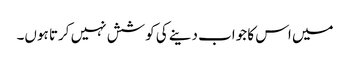
میں اس کا جواب دینے کی کوشش نہیں کرتا ہوں۔